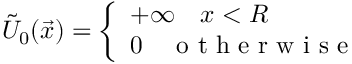
\begin{array} { r } { \tilde { U } _ { 0 } ( \vec { x } ) = \left\{ \begin{array} { l l } { + \infty \quad x < R } \\ { 0 \quad \mathrm { ~ o ~ t ~ h ~ e ~ r ~ w ~ i ~ s ~ e ~ } } \end{array} \right. } \end{array}